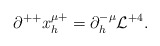
\begin{align*}\partial^{++} x^{\mu +}_h = \partial^{-\mu}_h {\cal L}^{+4} .\end{align*}